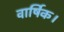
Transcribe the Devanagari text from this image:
वार्षिक।